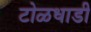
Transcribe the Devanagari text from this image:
टोळधाडी